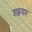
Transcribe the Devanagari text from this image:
शह्रयार